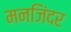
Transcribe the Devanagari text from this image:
मनजिंदर